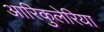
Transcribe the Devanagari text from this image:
आरिकुलेरिया